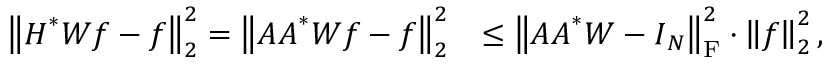
\begin{array} { r l } { \left\| \boldsymbol H ^ { * } \boldsymbol W \boldsymbol f - \boldsymbol f \right\| _ { 2 } ^ { 2 } = \left\| \boldsymbol A \boldsymbol A ^ { * } \boldsymbol W \boldsymbol f - \boldsymbol f \right\| _ { 2 } ^ { 2 } } & { \leq \left\| \boldsymbol A \boldsymbol A ^ { * } \boldsymbol W - \boldsymbol I _ { N } \right\| _ { \mathrm F } ^ { 2 } \cdot \left\| \boldsymbol f \right\| _ { 2 } ^ { 2 } , } \end{array}